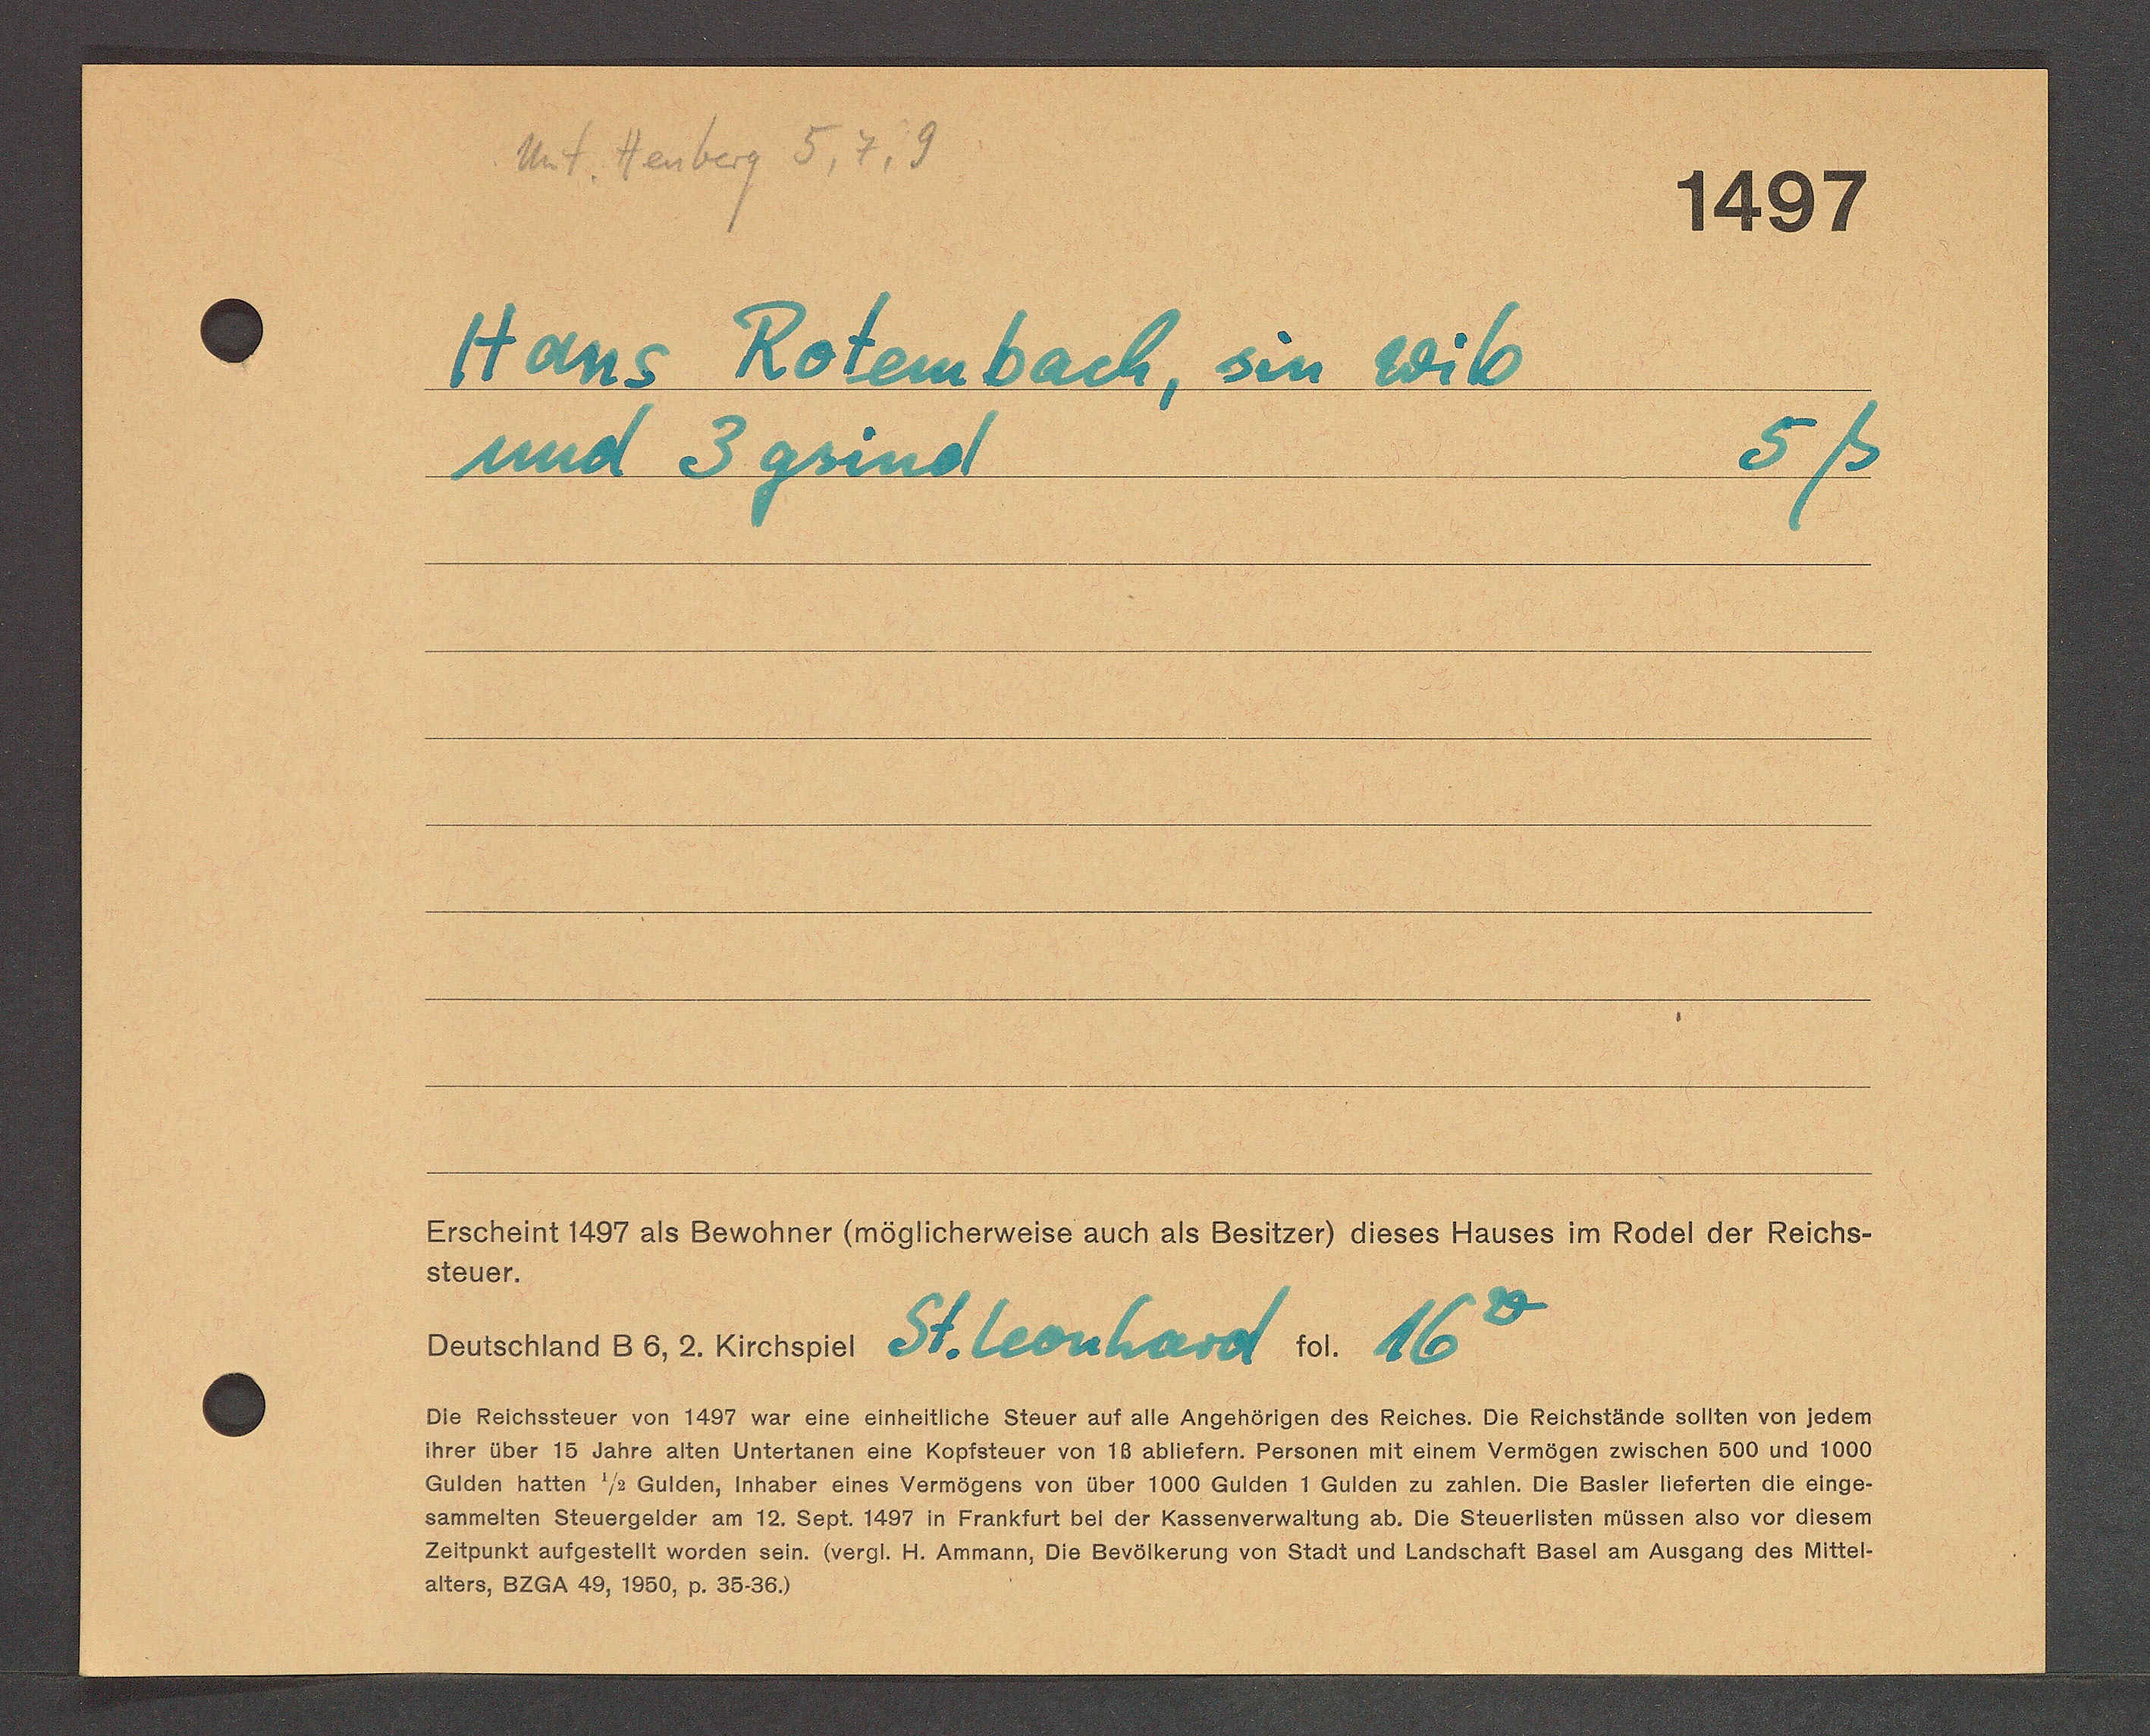
Transcript:
Hit. Henberg 5.v.3
1407
Hans Kotembach, sen Wib
5ß
und 3 gsind
Erscheint 1437 als Bewohner (mssticherweise auch als Besitzer) dieses Hauses im Rodel der Reichs¬
Steuer.
Beuschtand Eb,2.küchener St. Leoschardt i. Ab
Oie Reichssteuer von 1407 war eine einheittiche Steuer auf alle Angehörigen des Reiches. Oie Reichstände sollten von jedem
Threr Aber 15 Jahre alten Untertanen eine Koptsteuer von 18 ablietern. Fersonen mit einem Vermegen zuischen 500 und 1000
Gulden hatten 73 Gulden, inhaber eines Vermegens von über 1000 Gulden 1 Gulden zu Zahlen. Ote Baster Meferten dle einge¬
sammelten Steuergelder am 12. Sept. 1487 in Frankfurt bet der Kassenverwattung ab. Oie Steuertsten mussen alse vor dlesem
Zettzunkt aufgestellt worden sein. Wergt. Ht. Ammann, Oie Bevötkerung von Stadt und landschaft Basel am Ausgang des Miltel¬
alters, O2aA 48, 1850, p. 3636)